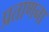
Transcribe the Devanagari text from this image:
प्रताणना